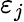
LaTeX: \varepsilon_{j}